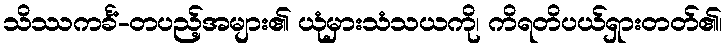
သိဿကင်္ခံ-တပည့်အများ၏ ယုံမှားသံသယကို၊ ကိရတိပယ်ရှားတတ်၏၊